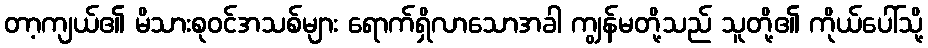
တာ့ကျယ်၏ မိသားစုဝင်အသစ်များ ရောက်ရှိလာသောအခါ ကျွန်မတို့သည် သူတို့၏ ကိုယ်ပေါ်သို့